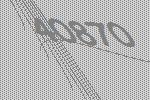
40870